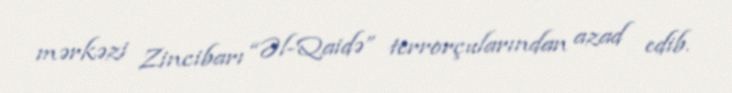
mərkəzi Zincibarı “Əl-Qaidə” terrorçularından azad edib.